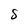
Character: S